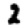
Digit: 2